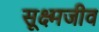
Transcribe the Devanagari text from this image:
सूक्ष्‍मजीव